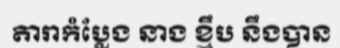
តារាកំប្លែង នាង ខ្មឹប នឹងបាន